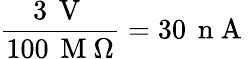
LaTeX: \frac{3\, \mathrm{~V~}}{100\, \mathrm{~M~}\Omega}=30\, \mathrm{~n~A~}